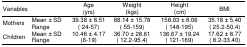
<table><thead><tr><td><b>Variables</b></td><td></td><td><b>Age (yrs)</b></td><td><b>Weight (kgs)</b></td><td><b>Height (cm)</b></td><td><b>BMI</b></td></tr></thead><tbody><tr><td rowspan="2">Mothers</td><td>Mean ± SD</td><td>39.38 ± 8.51</td><td>88.14 ± 15.78</td><td>158.03 ± 8.06</td><td>35.18 ± 5.40</td></tr><tr><td>Range</td><td>(24-57)</td><td>(55-159)</td><td>(148-195)</td><td>(25.2-50.4)</td></tr><tr><td rowspan="2">Children</td><td>Mean ± SD</td><td>10.46 ± 4.17</td><td>36.70 ± 28.61</td><td>136.67 ± 19.24</td><td>17.62 ± 8.77</td></tr><tr><td>Range</td><td>(6-19)</td><td>(12.2-95.4)</td><td>(121-169)</td><td>(8.2-33.40)</td></tr></tbody></table>